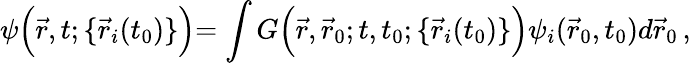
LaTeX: \psi\Bigl(\vec{r},t;\{ \vec{r}_{i}(t_{0})\} \Bigl)=\int G\Bigl(\vec{r},\vec{r}_{0};t,t_{0};\{ \vec{r}_{i}(t_{0})\} \Bigl)\psi_{i}(\vec{r}_{0},t_{0})d\vec{r}_{0}\, ,